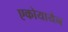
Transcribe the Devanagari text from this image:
एकोयायेन